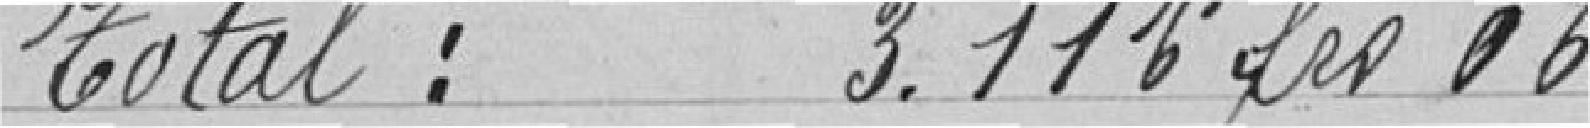
Total  3.116,06 francs